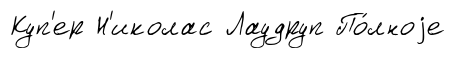
Куп'ер Н'иколас Лаудруп По́лноjе